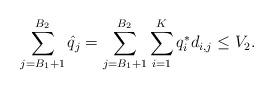
LaTeX: \begin{align*}\sum\limits_{j=B_{1}+1}^{B_{2}} {\hat{q}}_j = \sum\limits_{j=B_{1}+1}^{B_{2}} \sum\limits_{i=1}^K {q}^*_i d_{i,j} \leq V_2.\end{align*}